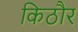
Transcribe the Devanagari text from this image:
किठौर